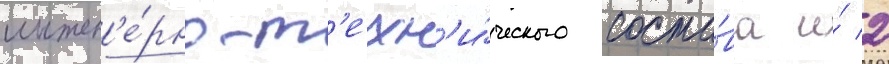
инжен'е́рно-т'ехн'и́ческого соста́ва и́ 2